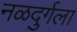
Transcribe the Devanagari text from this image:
नळदुर्गला